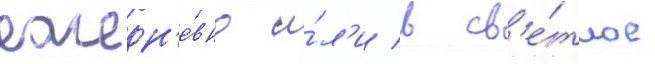
ежедн'е́вно и́л'и в св'е́тлое